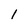
Character: l